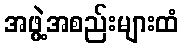
အဖွဲ့အစည်းများထံ